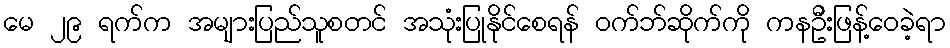
မေ ၂၉ ရက်က အများပြည်သူစတင် အသုံးပြုနိုင်စေရန် ဝက်ဘ်ဆိုက်ကို ကနဦးဖြန့်ဝေခဲ့ရာ